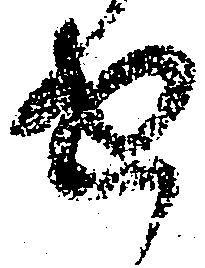
せ